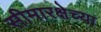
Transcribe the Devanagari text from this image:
सीमारक्षेच्या